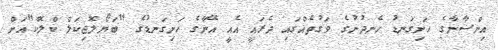
އިންސާނާގެ ހަށިގަނޑު ހެނދުނުގެ ވަގުތެއްގައި ދެރައީ އެއީ އޭނާގެ ހަށިގަނޑުގެ "ބަޔޯލޮޖިކަލް ކްލޮކް"އަށް